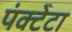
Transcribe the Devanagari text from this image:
पंक्टेटा